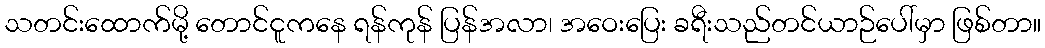
သတင်းထောက်မို့ တောင်ငူကနေ ရန်ကုန် ပြန်အလာ၊ အဝေးပြေး ခရီးသည်တင်ယာဉ်ပေါ်မှာ ဖြစ်တာ။